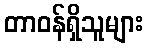
တာဝန်ရှိသူများ